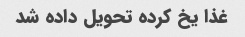
غذا یخ کرده تحویل داده شد